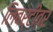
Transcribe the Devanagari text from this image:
लिबर्टीवर